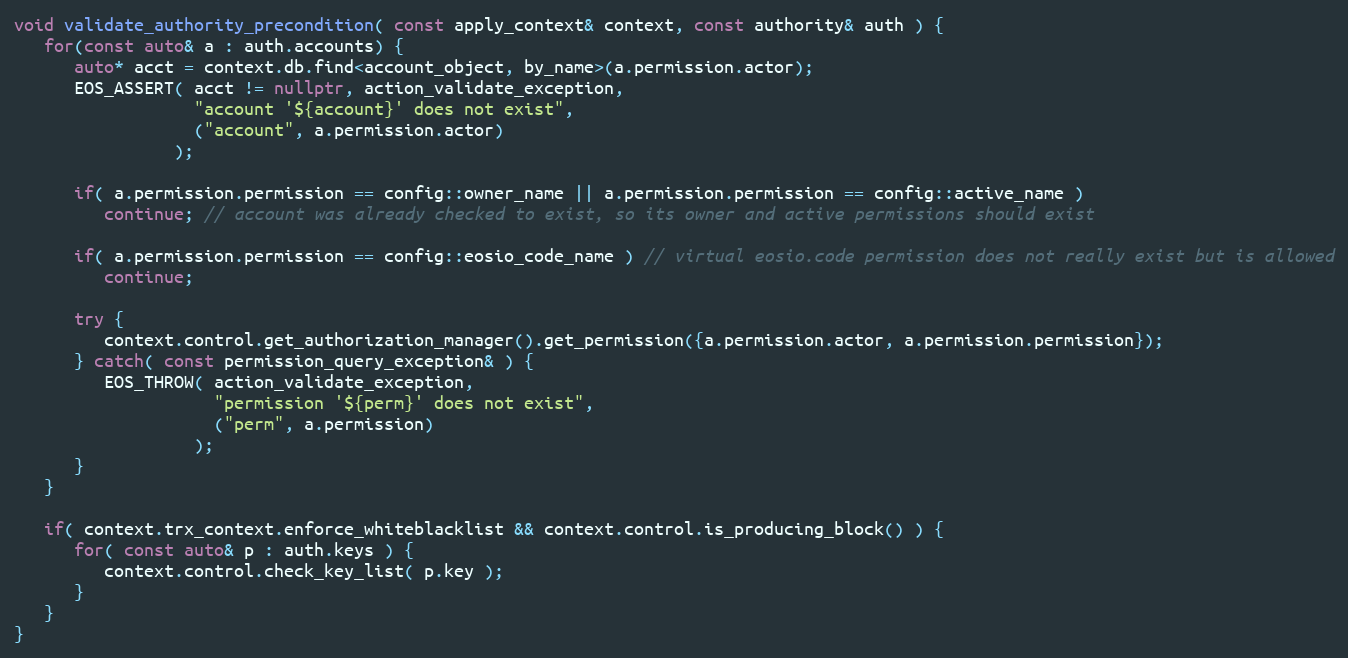
Language: C++
void validate_authority_precondition( const apply_context& context, const authority& auth ) {
   for(const auto& a : auth.accounts) {
      auto* acct = context.db.find<account_object, by_name>(a.permission.actor);
      EOS_ASSERT( acct != nullptr, action_validate_exception,
                  "account '${account}' does not exist",
                  ("account", a.permission.actor)
                );

      if( a.permission.permission == config::owner_name || a.permission.permission == config::active_name )
         continue; // account was already checked to exist, so its owner and active permissions should exist

      if( a.permission.permission == config::eosio_code_name ) // virtual eosio.code permission does not really exist but is allowed
         continue;

      try {
         context.control.get_authorization_manager().get_permission({a.permission.actor, a.permission.permission});
      } catch( const permission_query_exception& ) {
         EOS_THROW( action_validate_exception,
                    "permission '${perm}' does not exist",
                    ("perm", a.permission)
                  );
      }
   }

   if( context.trx_context.enforce_whiteblacklist && context.control.is_producing_block() ) {
      for( const auto& p : auth.keys ) {
         context.control.check_key_list( p.key );
      }
   }
}